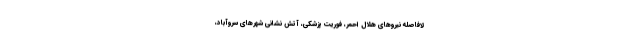
لافاصله نیروهای هلال احمر، فوریت پزشکی، آتش نشانی شهرهای سروآباد،